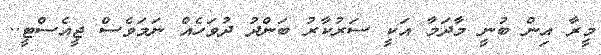
މީރާ އިން ބުނީ މާދަމާ އަކީ ސަރުކާރު ބަންދު ދުވަހެއް ނަމަވެސް ޖީއެސްޓީ..